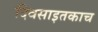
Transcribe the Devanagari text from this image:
दिवसाइतकाच